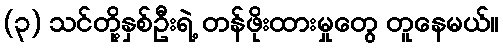
(၃) သင်တို့နှစ်ဦးရဲ့ တန်ဖိုးထားမှုတွေ တူနေမယ်။